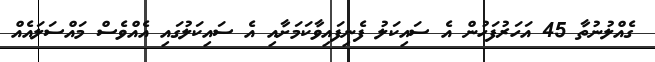
ގެއްލުނުތާ 45 އަހަރުފަހުން އެ ސައިކަލު ފެނިފައިވާކަމަށާއި އެ ސައިކަލުގައި އެއްވެސް މައްސަލައެއް